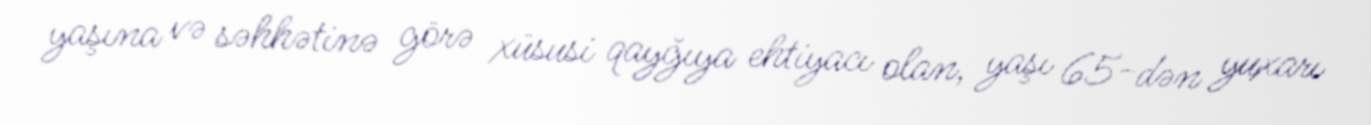
yaşına və səhhətinə görə xüsusi qayğıya ehtiyacı olan, yaşı 65-dən yuxarı